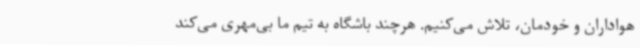
هواداران و خودمان، تلاش می‌کنیم. هرچند باشگاه به تیم ما بی‌مهری می‌کند